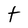
Character: t